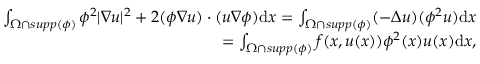
\begin{array} { r l r } & { } & { \int _ { \Omega \cap s u p p ( \phi ) } \phi ^ { 2 } | \nabla u | ^ { 2 } + 2 ( \phi \nabla u ) \cdot ( u \nabla \phi ) \mathrm { d } x = \int _ { \Omega \cap s u p p ( \phi ) } ( - \Delta u ) ( \phi ^ { 2 } u ) \mathrm { d } x } \\ & { } & { \qquad \qquad \qquad \qquad \qquad \qquad \qquad \qquad \quad = \int _ { \Omega \cap s u p p ( \phi ) } f ( x , u ( x ) ) \phi ^ { 2 } ( x ) u ( x ) \mathrm { d } x , } \end{array}